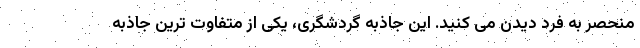
منحصر به فرد دیدن می کنید. این جاذبه گردشگری، یکی از متفاوت ترین جاذبه